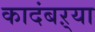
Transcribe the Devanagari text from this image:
कादंबऱ्‍या